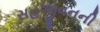
સહજીવનની